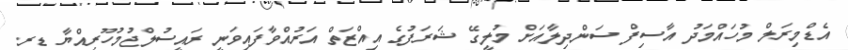
އެޑްމިރަލް މުހައްމަދު އާސިފް ސަންދިލާއަށް މުލީގޭ ޝަރަފުގެ އިއްޒަތް އަރުއްވާފައިވަނީ ރައީސުލްޖުމުހޫރިއްޔާ ޑރ.